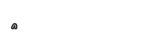
٦